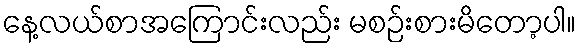
နေ့လယ်စာအကြောင်းလည်း မစဉ်းစားမိတော့ပါ။